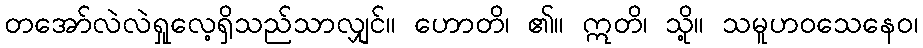
တအော်လဲလဲရှုလေ့ရှိသည်သာလျှင်။ ဟောတိ၊ ၏။ ဣတိ၊ သို့။ သမူဟဝသေနေဝ၊